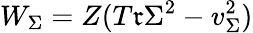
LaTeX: W_{\Sigma}=Z(T\mathfrak{r}\Sigma^{2}-v_{\Sigma}^{2})